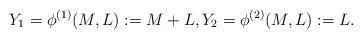
LaTeX: \begin{align*}Y_1= \phi^{(1)}(M,L):= M+L,Y_2= \phi^{(2)}(M,L):=L.\end{align*}